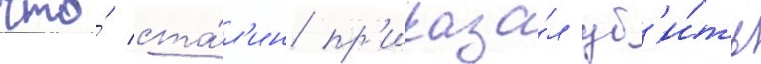
что́ ста́л'ин пр'иказа́л уб'и́ть